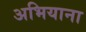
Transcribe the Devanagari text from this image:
अभियाना